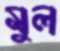
মুল